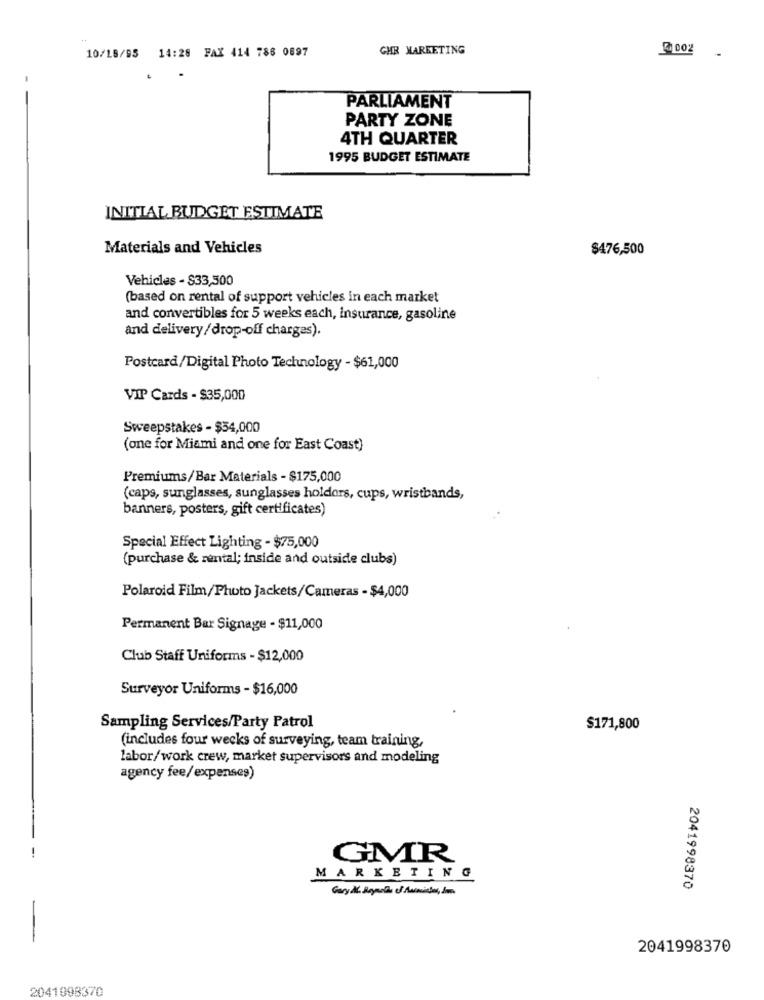
10/18/95 14:28 FAX 414 786 0897
CHR MARKETING
@002
PARLIAMENT
PARTY ZONE
4TH QUARTER
1995 BUDGET ESTIMATE
INITIAL BUDGET ESTIMATE
Materials and Vehicles
$476,500
Vehicles - $33,500
(based on rental of support vehicles in each market
and convertibles for 5 weeks each, insurance, gasoline
and delivery/drop-off charges).
Postcard/Digital Photo Technology - $61,000
VIP Cards - $35,000
Sweepstakes - $54,000
(one for Miami and one for East Coast)
Premiums/Bar Materials - $175,000
(caps, sunglasses, sunglasses holdors, cups, wristbands,
banners, posters, gift certificates)
Special Effect Lighting - $75,000
(purchase & rental; inside and outside clubs)
Polaroid Film/Photo Jackets/Cameras - $4,000
Permanent Bar Signage - $11,000
Club Staff Uniforms - $12,000
Surveyor Uniforms - $16,000
Sampling Services/Party Patrol
$171,800
(includes four weeks of surveying, team training,
labor/work crew, market supervisors and modeling
agency fee/expenses)
GMR
MARKETING
2041998370
2041998370
2041998370